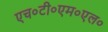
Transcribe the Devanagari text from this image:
एच०टी०एम०एल०